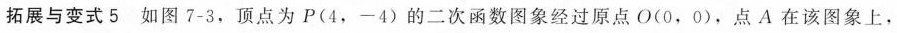
拓展与变式5 如图7-3，顶点为P（4，一4）的二次函数图象经过原点O(0，0)，点A在该图象上，